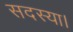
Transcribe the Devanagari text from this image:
सदस्या।